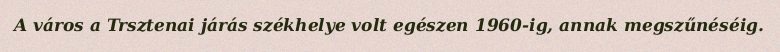
A város a Trsztenai járás székhelye volt egészen 1960-ig, annak megszűnéséig.